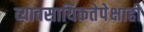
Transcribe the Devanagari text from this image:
व्यावसायिकतेपेक्षाही